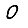
Digit: 0